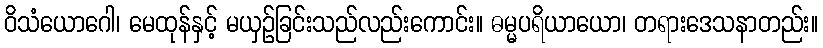
ဝိသံယောဂေါ၊ မေထုန်နှင့် မယှဉ်ခြင်းသည်လည်းကောင်း။ ဓမ္မပရိယာယော၊ တရားဒေသနာတည်း။